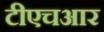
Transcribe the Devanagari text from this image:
टीएचआर